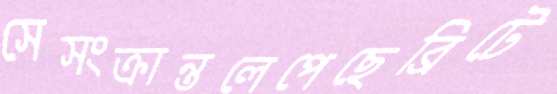
সেসংক্রান্তলেপেছেব্রিটে